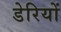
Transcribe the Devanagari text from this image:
डेरियों